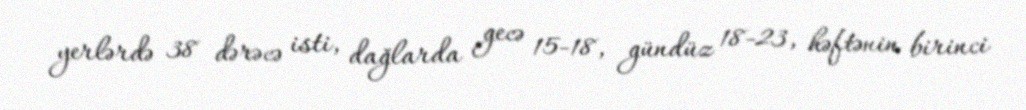
yerlərdə 38 dərəcə isti, dağlarda gecə 15-18, gündüz 18-23, həftənin birinci